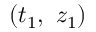
( t _ { 1 } , \ z _ { 1 } )